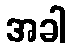
အခါ